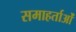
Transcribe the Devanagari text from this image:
समाहर्ताओं